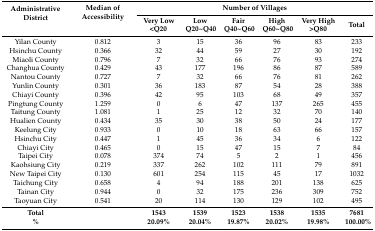
| <ROWSPAN=2> Administrative District | <ROWSPAN=2> Median of Accessibility | <COLSPAN=6> Number of Villages |
 | Very Low <Q20 | Low Q20~Q40 | Fair Q40~Q60 | High Q60~Q80 | Very High >Q80 | Total |
 | --- | --- | --- | --- | --- | --- | --- | --- |
 | Yilan County | 0.812 | 3 | 15 | 36 | 96 | 83 | 233 |
 | Hsinchu County | 0.366 | 32 | 44 | 59 | 27 | 30 | 192 |
 | Miaoli County | 0.796 | 7 | 32 | 66 | 76 | 93 | 274 |
 | Changhua County | 0.429 | 43 | 177 | 196 | 86 | 87 | 589 |
 | Nantou County | 0.727 | 7 | 32 | 66 | 76 | 81 | 262 |
 | Yunlin County | 0.301 | 36 | 183 | 87 | 54 | 28 | 388 |
 | Chiayi County | 0.396 | 42 | 95 | 103 | 68 | 49 | 357 |
 | Pingtung County | 1.259 | 0 | 6 | 47 | 137 | 265 | 455 |
 | Taitung County | 1.081 | 1 | 25 | 12 | 32 | 70 | 140 |
 | Hualien County | 0.434 | 35 | 30 | 38 | 50 | 24 | 177 |
 | Keelung City | 0.933 | 0 | 10 | 18 | 63 | 66 | 157 |
 | Hsinchu City | 0.447 | 1 | 45 | 36 | 34 | 6 | 122 |
 | Chiayi City | 0.465 | 0 | 15 | 47 | 15 | 7 | 84 |
 | Taipei City | 0.078 | 374 | 74 | 5 | 2 | 1 | 456 |
 | Kaohsiung City | 0.219 | 337 | 262 | 102 | 111 | 79 | 891 |
 | New Taipei City | 0.130 | 601 | 254 | 115 | 45 | 17 | 1032 |
 | Taichung City | 0.658 | 4 | 94 | 188 | 201 | 138 | 625 |
 | Tainan City | 0.944 | 0 | 32 | 175 | 236 | 309 | 752 |
 | Taoyuan City | 0.541 | 20 | 114 | 130 | 129 | 102 | 495 |
 | Total |  | 1543 | 1539 | 1523 | 1538 | 1535 | 7681 |
 | % |  | 20.09% | 20.04% | 19.87% | 20.02% | 19.98% | 100.00% |